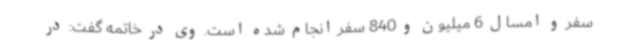
سفر و امسال 6 میلیون و 840 سفر انجام شده است. وی در خاتمه گفت: در